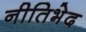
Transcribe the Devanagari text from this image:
नीतिभेद